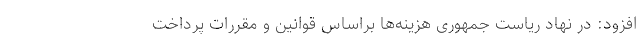
افزود: در نهاد ریاست جمهوری هزینه‌ها براساس قوانین و مقررات پرداخت